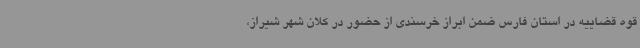
قوه قضاییه در استان فارس ضمن ابراز خرسندی از حضور در کلان شهر شیراز،